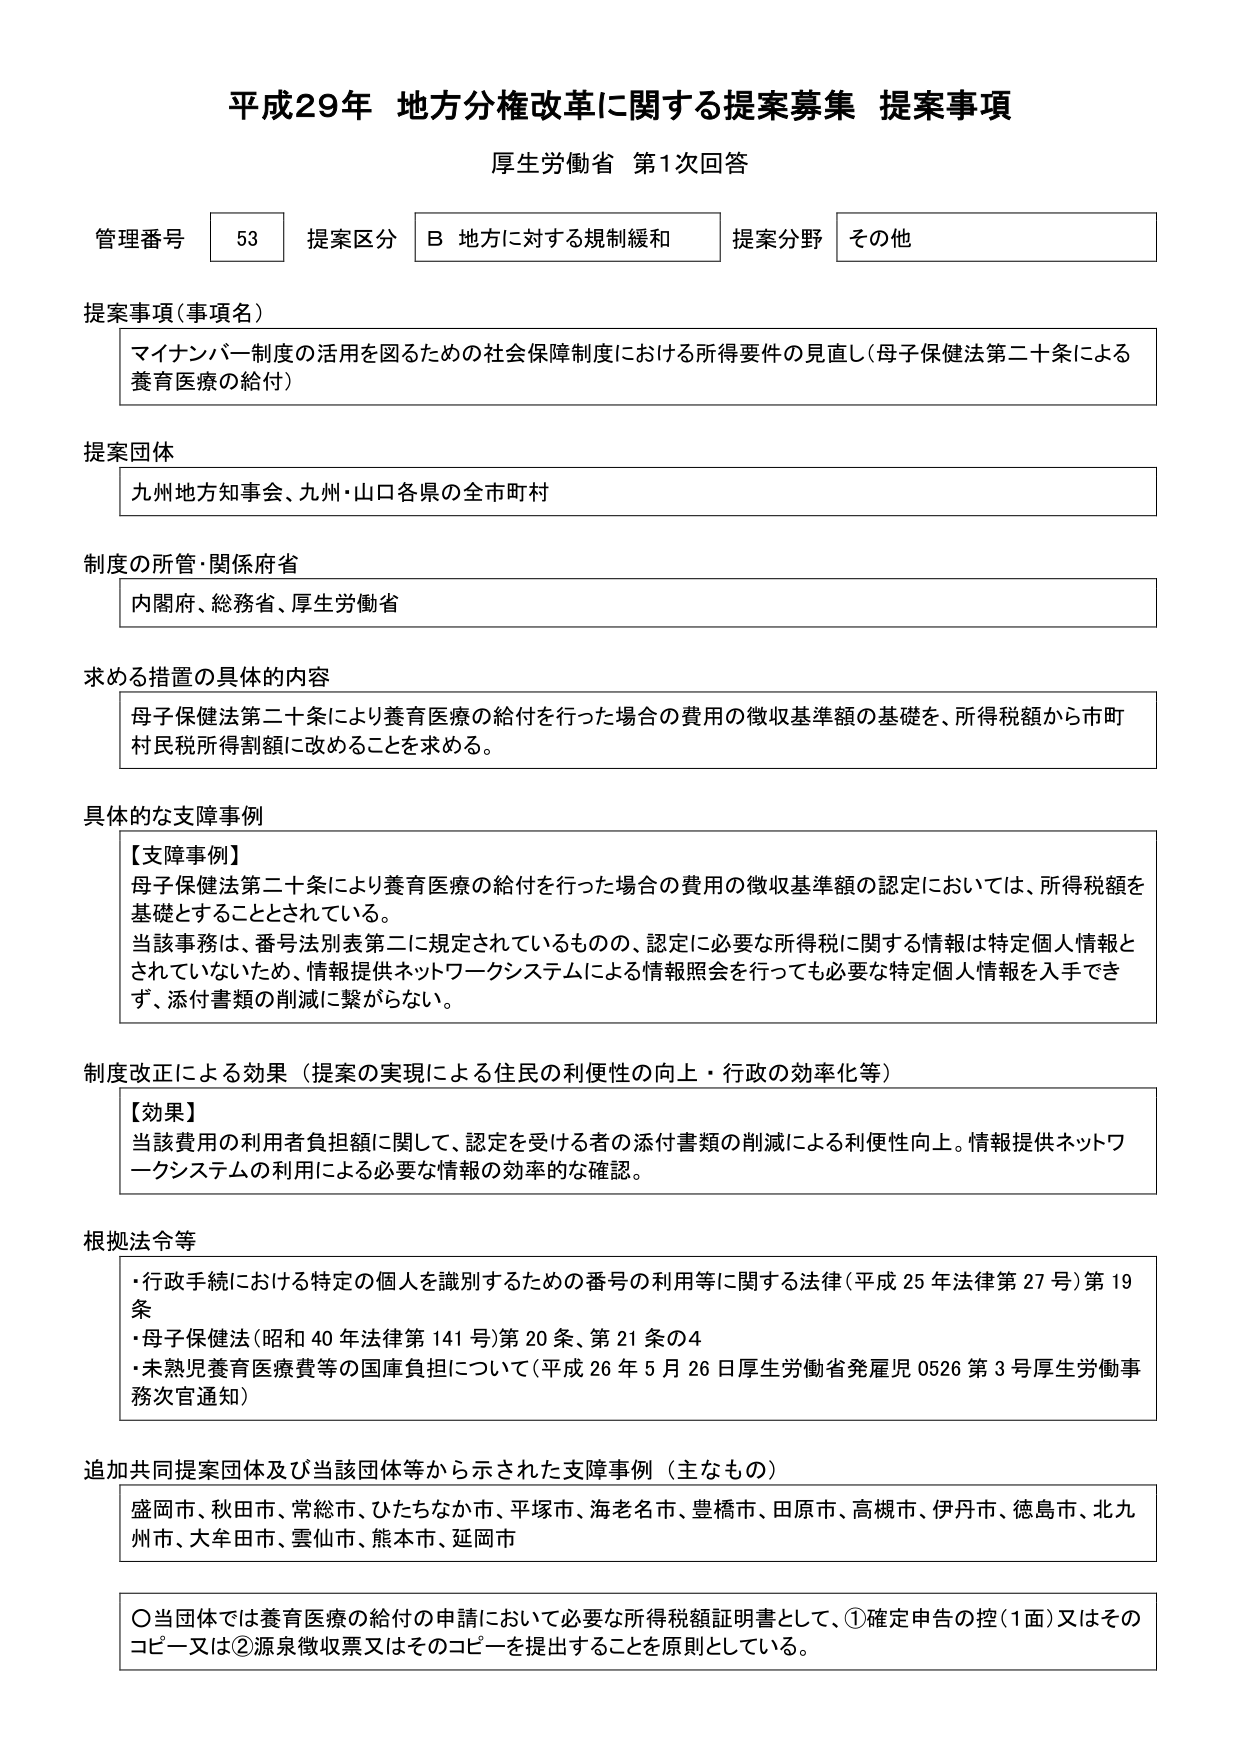
平成29年 地方分権改革に関する提案募集 提案事項
厚生労働省 第1次回答

管理番号 53 提案区分 B 地方に対する規制緩和 提案分野 その他

提案事項（事項名）
マイナンバー制度の活用を図るための社会保障制度における所得要件の見直し（母子保健法第二十条による養育医療の給付）

提案団体
九州地方知事会、九州・山口各県の全市町村

制度の所管・関係府省
内閣府、総務省、厚生労働省

求める措置の具体的内容
母子保健法第二十条により養育医療の給付を行った場合の費用の徴収基準額の基礎を、所得税額から市町村民税所得割額に改めることを求める。

具体的な支障事例
【支障事例】
母子保健法第二十条により養育医療の給付を行った場合の費用の徴収基準額の認定においては、所得税額を基礎とすることとされている。
当該事務は、番号法別表第二に規定されているものの、認定に必要な所得税に関する情報は特定個人情報とされていないため、情報提供ネットワークシステムによる情報照会を行っても必要な特定個人情報を入手できず、添付書類の削減に繋がらない。

制度改正による効果（提案の実現による住民の利便性の向上・行政の効率化等）
【効果】
当該費用の利用者負担額に関して、認定を受ける者の添付書類の削減による利便性向上。情報提供ネットワークシステムの利用による必要な情報の効率的な確認。

根拠法令等
・行政手続における特定の個人を識別するための番号の利用等に関する法律（平成25年法律第27号）第19条
・母子保健法（昭和40年法律第141号）第20条、第21条の4
・未熟児養育医療費等の国庫負担について（平成26年5月26日厚生労働省発雇児0526第3号厚生労働事務次官通知）

追加共同提案団体及び当該団体等から示された支障事例（主なもの）
盛岡市、秋田市、常総市、ひたちなか市、平塚市、海老名市、豊橋市、田原市、高槻市、伊丹市、徳島市、北九州市、大牟田市、雲仙市、熊本市、延岡市

〇当団体では養育医療の給付の申請において必要な所得税額証明書として、①確定申告の控（1面）又はそのコピー又は②源泉徴収票又はそのコピーを提出することを原則としている。